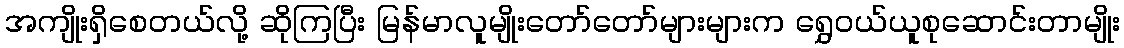
အကျိုးရှိစေတယ်လို့ ဆိုကြပြီး မြန်မာလူမျိုးတော်တော်များများက ရွှေဝယ်ယူစုဆောင်းတာမျိုး